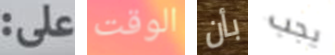
على: الوقت بأن يجب